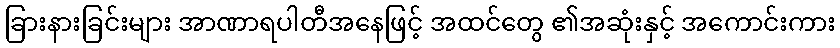
ခြားနားခြင်းများ အာဏာရပါတီအနေဖြင့် အထင်တွေ ၏အဆုံးနှင့် အကောင်းကား